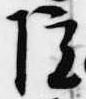
院